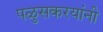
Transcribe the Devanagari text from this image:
पळुसकरयांनी